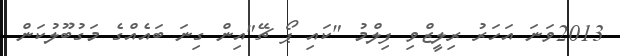
2013ވަނަ އަހަރު ރިލީޒްވި ފިލްމު "ކައި ޕޯ ޗޭ"އިން ގިނަ ބައެއްގެ މަގުބޫލުކަން